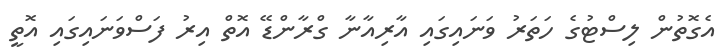
އެގޮތުން ލިސްޓުގެ ހަތަރު ވަނައިގައި އާރިއާނާ ގްރާންޑޭ އޮތް އިރު ފަސްވަނައިގައި އޮތީ